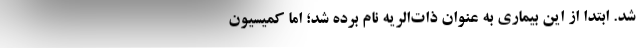
شد. ابتدا از این بیماری به عنوان ذات‌الریه نام برده شد؛ اما کمیسیون